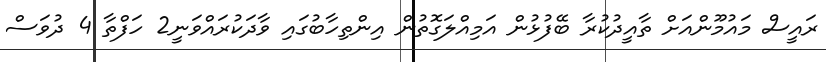
ރައީސް މައުމޫންއަށް ތާއީދުކުރާ ބޭފުޅުން އަމިއްލަގޮތުން އިންތިހާބުގައި ވާދަކުރައްވަނީ2 ހަފްތާ 4 ދުވަސް